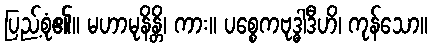
ပြည့်စုံ၏။ မဟာမုနိန္တိ၊ ကား။ ပစ္စေကဗုဒ္ဓါဒီဟိ၊ ကုန်သော။